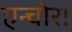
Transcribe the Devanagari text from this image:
एन्चोरा